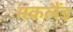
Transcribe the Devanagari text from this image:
मकलैंड